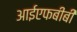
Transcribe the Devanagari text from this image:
आईएफबीबी